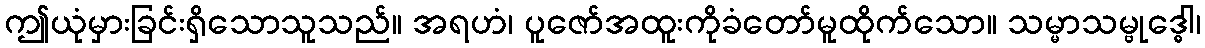
ဤယုံမှားခြင်းရှိသောသူသည်။ အရဟံ၊ ပူဇော်အထူးကိုခံတော်မူထိုက်သော။ သမ္မာသမ္ဗုဒ္ဓေါ၊